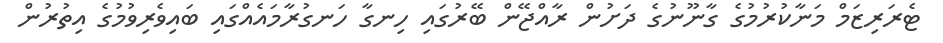
ޓެރަރިޒަމް މަނާކުރުމުގެ ގާނޫނުގެ ދަށުން ރާއްޖޭން ބޭރުގައި ހިނގާ ހަނގުރާމައެއްގައި ބައިވެރިވުމުގެ އިތުރުން